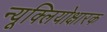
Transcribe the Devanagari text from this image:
न्यूक्लियोक्षारक